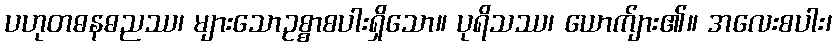
ပဟုတဓနဓညဿ၊ များသောဥစ္စာစပါးရှိသော။ ပုရိသဿ၊ ယောက်ျား၏။ အလေးစပါး၊